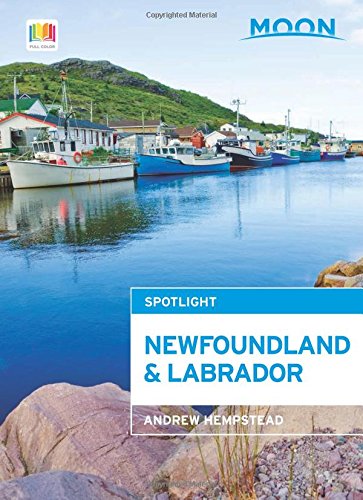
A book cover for Moon Spotlight Newfoundland and Labrador; Andrew Hempstead; Travel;